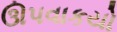
ઊપવાકયો